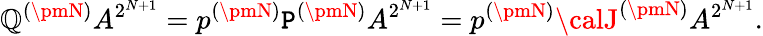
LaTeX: \mathbb{Q}^{(\pmN)}A^{2^{N+1}}=p^{(\pmN)}\mathtt{P}^{(\pmN)}A^{2^{N+1}}=p^{(\pmN)}{\calJ}^{(\pmN)}A^{2^{N+1}}.